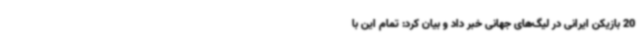
20 بازیکن ایرانی در لیگ‌های جهانی خبر داد و بیان کرد: تمام این با